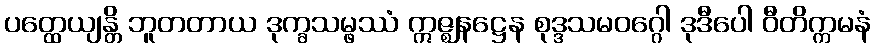
ပတ္ထေယျန္တိ ဘူတတာယ ဒုက္ခသမ္ဖဿံ ဣဇ္ဈနဋ္ဌေန စုဒ္ဒသမဝဂ္ဂေါ ဒုဒီပေါ ဝီတိက္ကမနံ